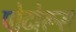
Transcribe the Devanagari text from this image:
पोटोरूस